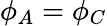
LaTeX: \phi_{A}=\phi_{C}